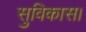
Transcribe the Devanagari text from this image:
सुविकास।